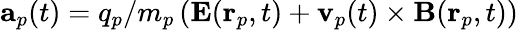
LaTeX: \mathbf{a}_{p}(t)=q_{p}/m_{p}\left(\mathbf{E}(\mathbf{r}_{p},t)+\mathbf{v}_{p}(t)\times\mathbf{B}(\mathbf{r}_{p},t)\right)